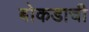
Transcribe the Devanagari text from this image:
बोकडाची